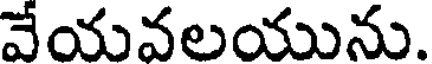
వేయవలయును.